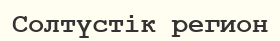
Солтүстік регион